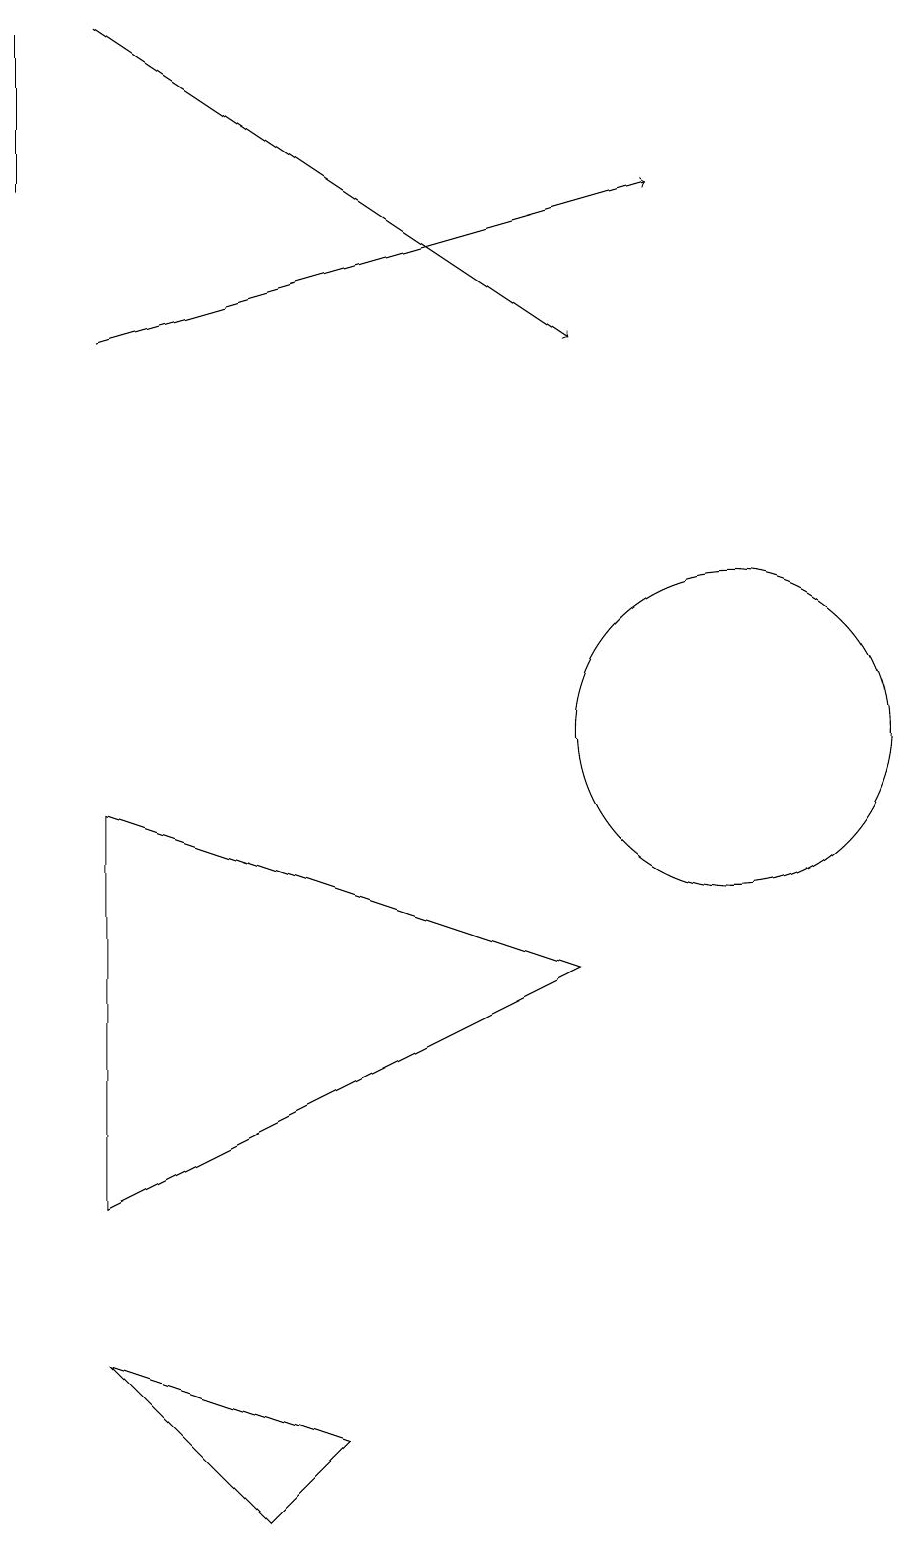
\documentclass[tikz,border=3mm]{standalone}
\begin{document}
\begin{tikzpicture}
\draw (1,17) rectangle (1,19);
\draw (10,12) circle (0);
\draw (10,10) circle (2);
\draw[->] (2,19) -- (8,15);
\draw (5,1) -- (4,0) -- (2,2) -- cycle;
\draw (2,4) -- (2,9) -- (8,7) -- cycle;
\draw[->] (2,15) -- (9,17);
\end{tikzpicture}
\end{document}